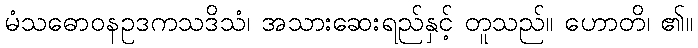
မံသဓောဝနဥဒကသဒိသံ၊ အသားဆေးရည်နှင့် တူသည်။ ဟောတိ၊ ၏။